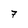
Character: 7